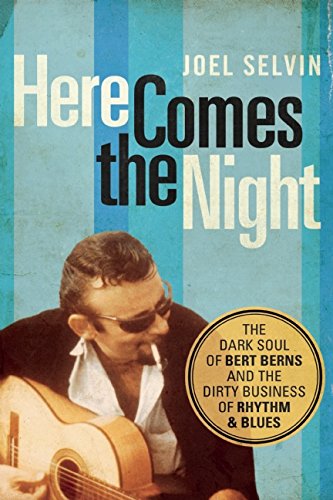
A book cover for Here Comes the Night: The Dark Soul of Bert Berns and the Dirty Business of Rhythm and Blues; Joel Selvin; Biographies & Memoirs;